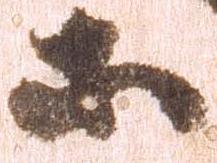
等